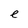
Character: e